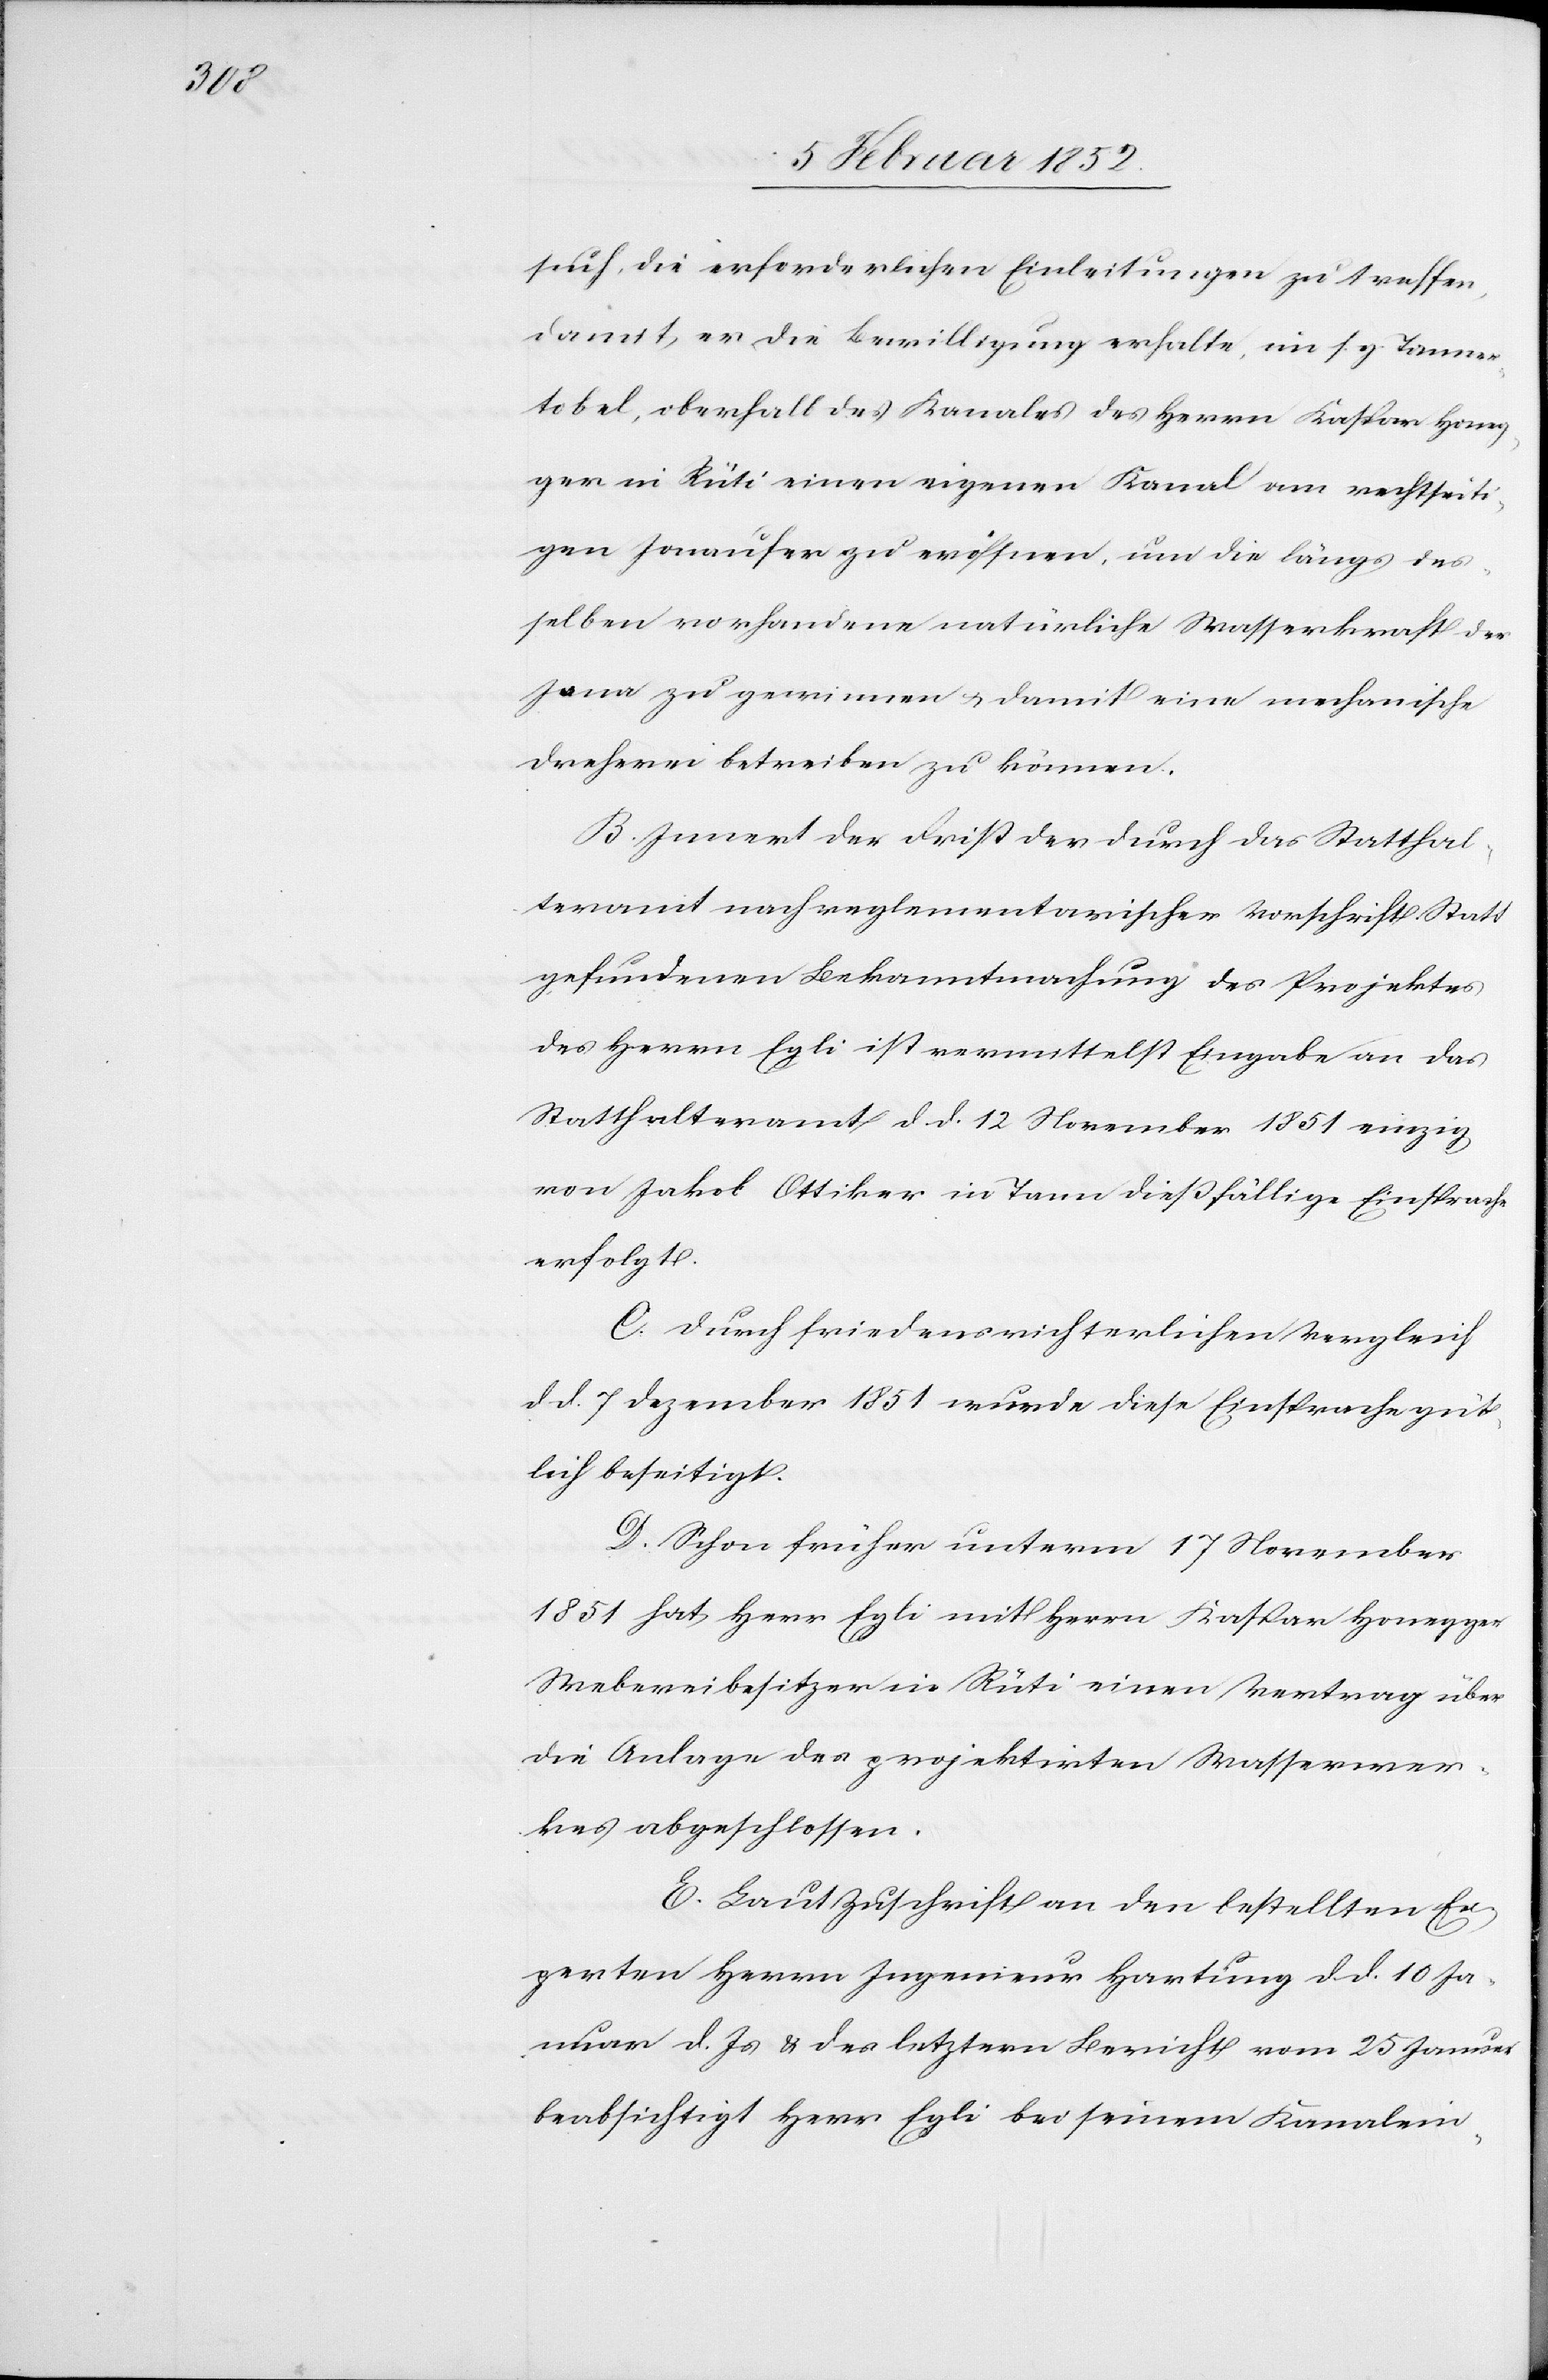
such, die erforderlichen Einleitungen zu treffen,
damit er die Bewilligung erhalte im s. g. Tanner¬
tobel, oberhalb des Kanales des Herrn Kaspar Honeg¬
ger in Rüti einen eigenen Kanal am rechtseiti¬
gen Jonaufer zu eröffnen, um die längs des¬
selben vorhandene natürliche Wasserkraft der
Jona zu gerinnen u. damit eine mechanischen
Dreherei betreiben zu können.
B. Innert der Frist der durch das Statthal¬
teramt nach reglementarischer Vorschrift Statt
gefundenen Bekanntmachung des Projektes
des Herrn Egli ist vermittelst Eingabe an das
Statthalteramt d. d. 12 November 1851 einzig
von Jakob Ottiker in Tann dießfällige Einsprache
erfolgt.
C. Durch friedensrichterlichen Vergleich
d. d. 7 Dezember 1851 wurde diese Einsprache güt¬
lich beseitigt.
D. Schon früher unterm 17 November
1851 hat Herr Egli mit Herrn Kaspar Honegger
Webereibesitzer in Rüti einen Vertrag über
die Anlage des projektirten Wasserwer¬
kes abgeschlossen.
E. Laut Zuschrift an den bestellten Ex¬
perten Herrn Ingenieur Hartung d. d. 10 Ja¬
nuar d. Js u. des letztern Bericht vom 15 Januar
beabsichtigt Herr Egli bei seinem Kanalein-